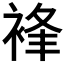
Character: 𧚋